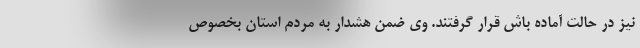
نیز در حالت آماده باش قرار گرفتند. وی ضمن هشدار به مردم استان بخصوص